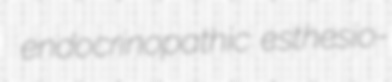
endocrinopathic esthesio-